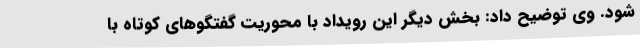
شود. وی توضیح داد: بخش دیگر این رویداد با محوریت گفتگوهای کوتاه با